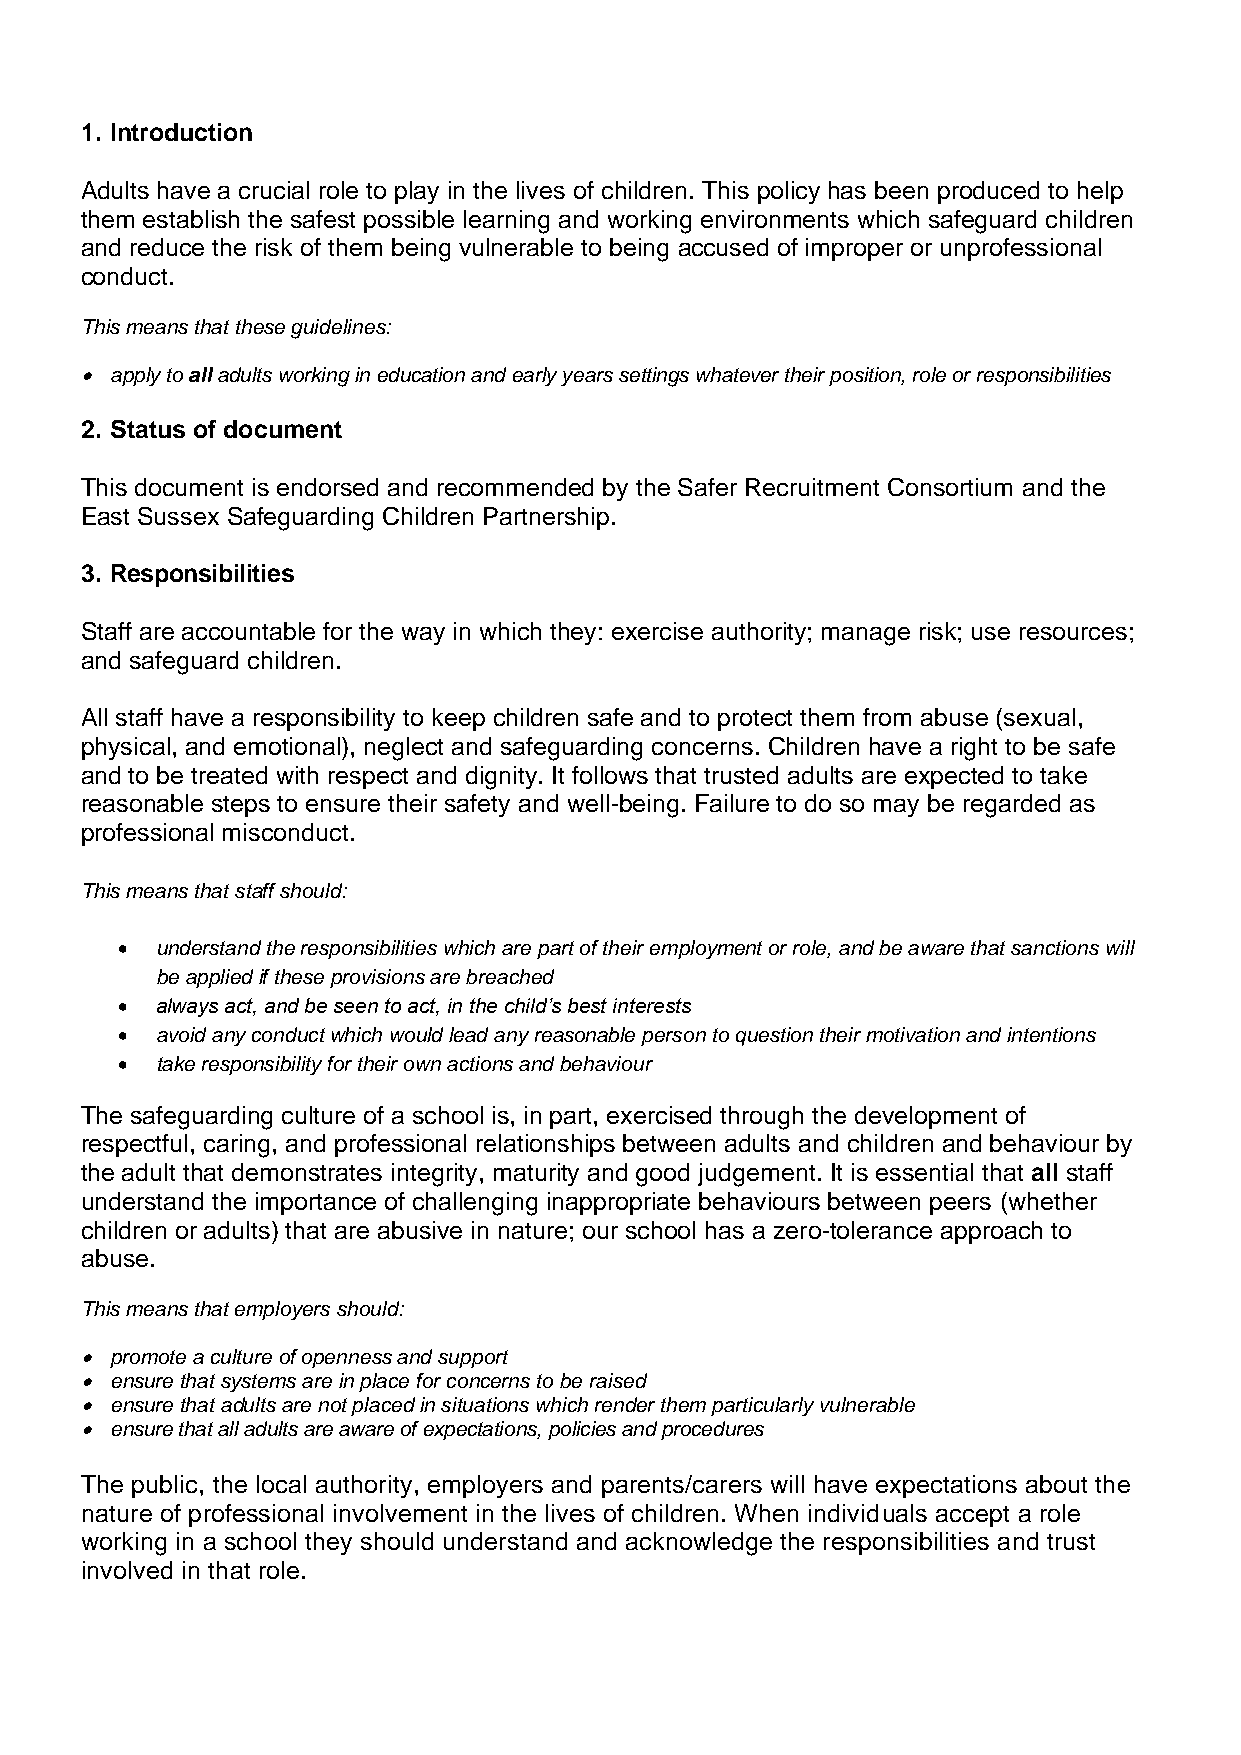
1. Introduction
 Adults have a crucial role to play in the lives of children. This policy has been produced to help
 them establish the safest possible learning and working environments which safeguard children
 and reduce the risk of them being vulnerable to being accused of improper or unprofessional
 conduct.
 This means that these guidelines:
 • apply to all adults working in education and early years settings whatever their position, role or responsibilities
 2. Status of document
 This document is endorsed and recommended by the Safer Recruitment Consortium and the
 East Sussex Safeguarding Children Partnership.
 3. Responsibilities
 Staff are accountable for the way in which they: exercise authority; manage risk; use resources;
 and safeguard children.
 All staff have a responsibility to keep children safe and to protect them from abuse (sexual,
 physical, and emotional), neglect and safeguarding concerns. Children have a right to be safe
 and to be treated with respect and dignity. It follows that trusted adults are expected to take
 reasonable steps to ensure their safety and well-being. Failure to do so may be regarded as
 professional misconduct.
 This means that staff should:
 • understand the responsibilities which are part of their employment or role, and be aware that sanctions will
 be applied if these provisions are breached
 • always act, and be seen to act, in the child’s best interests
 • avoid any conduct which would lead any reasonable person to question their motivation and intentions
 • take responsibility for their own actions and behaviour
 The safeguarding culture of a school is, in part, exercised through the development of
 respectful, caring, and professional relationships between adults and children and behaviour by
 the adult that demonstrates integrity, maturity and good judgement. It is essential that all staff
 understand the importance of challenging inappropriate behaviours between peers (whether
 children or adults) that are abusive in nature; our school has a zero-tolerance approach to
 abuse.
 This means that employers should:
 • promote a culture of openness and support
 • ensure that systems are in place for concerns to be raised
 • ensure that adults are not placed in situations which render them particularly vulnerable
 • ensure that all adults are aware of expectations, policies and procedures
 The public, the local authority, employers and parents/carers will have expectations about the
 nature of professional involvement in the lives of children. When individuals accept a role
 working in a school they should understand and acknowledge the responsibilities and trust
 involved in that role.